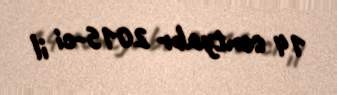
14 sentyabr 2015-ci il